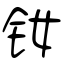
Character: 钕